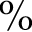
\%